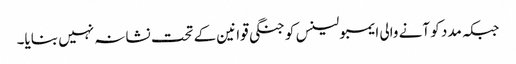
جبکہ مدد کو آنے والی ایمبولینس کو جنگی قوانین کے تحت نشانہ نہیں بنایا۔